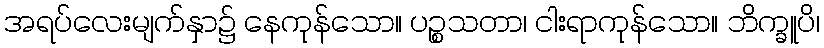
အရပ်လေးမျက်နှာ၌ နေကုန်သော။ ပဉ္စသတာ၊ ငါးရာကုန်သော။ ဘိက္ခူပိ၊